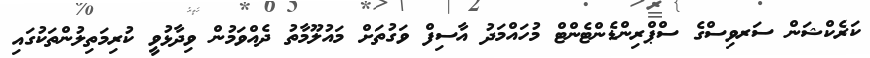
ކަރެކްޝަން ސަރވިސްގެ ސްޕްރިންޑެންޓެންޓް މުހައްމަދު އާސިފް ވަގުތަށް މައުލޫމާތު ދެއްވަމުން ވިދާޅުވީ ކުރިމަތިލުންތަކުގައި